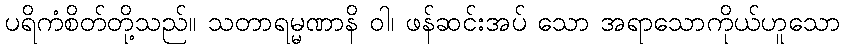
ပရိကံစိတ်တို့သည်။ သတာရမ္မဏာနိ ဝါ၊ ဖန်ဆင်းအပ် သော အရာသောကိုယ်ဟူသော